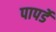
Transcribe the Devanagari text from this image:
पापर्डे